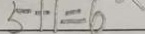
5 + 1 = 6